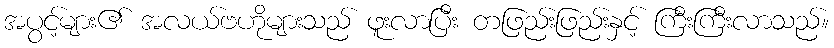
အပွင့်များ၏ အလယ်ဗဟိုများသည် ဖူးလာပြီး တဖြည်းဖြည်းနှင့် ကြီးကြီးလာသည်။